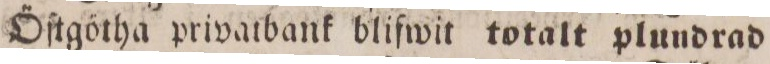
Öſtgötha privatbank blifwit totalt plundrad